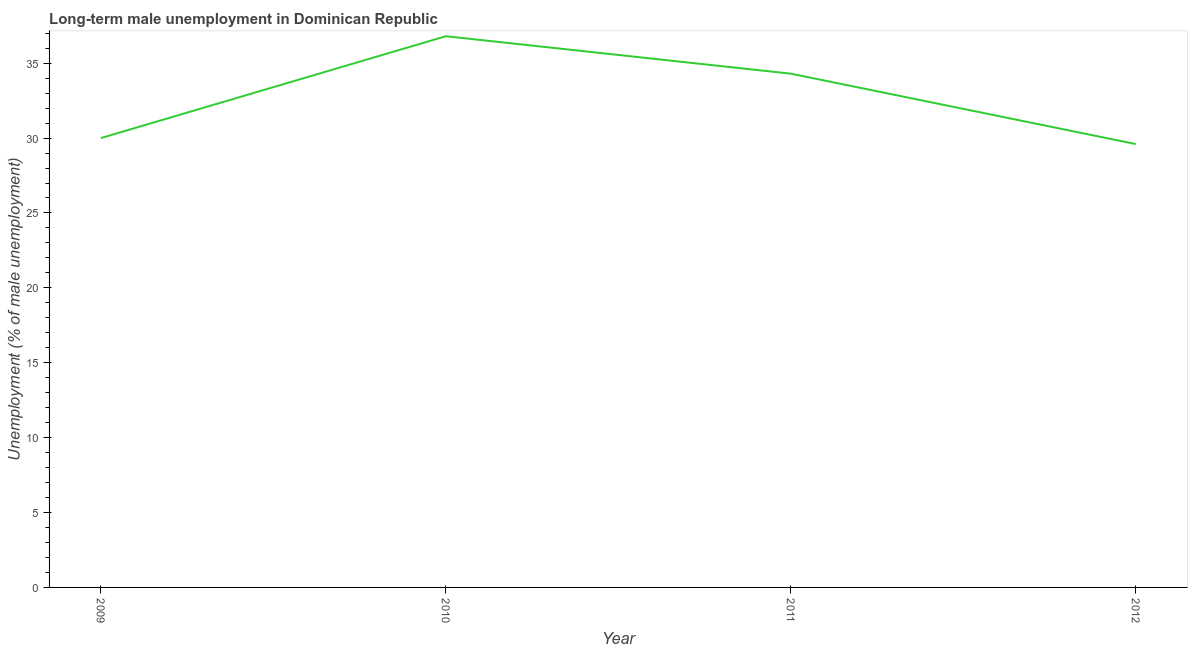
| Year | Long-term unemployment male |
 | --- | --- |
 | 2009 | 30 |
 | 2010 | 36.8 |
 | 2011 | 34.3 |
 | 2012 | 29.6 |